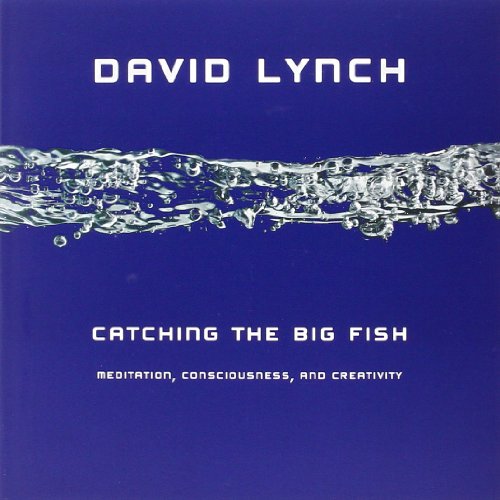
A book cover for Catching the Big Fish: Meditation, Consciousness, and Creativity; David Lynch; Humor & Entertainment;